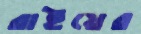
রাইয়ের